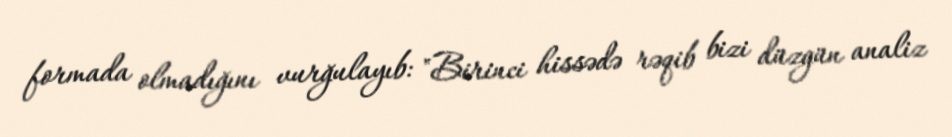
formada olmadığını vurğulayıb: "Birinci hissədə rəqib bizi düzgün analiz